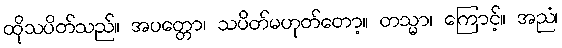
ထိုသပိတ်သည်။ အပတ္တော၊ သပိတ်မဟုတ်တော့။ တသ္မာ၊ ကြောင့်။ အညံ၊